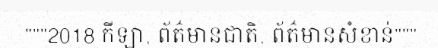
"""2018 កីឡា, ព័ត៌មានជាតិ, ព័ត៌មានសំខាន់"""